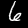
Label: 6